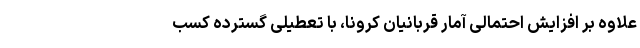
علاوه بر افزایش احتمالی آمار قربانیان کرونا، با تعطیلی گسترده کسب